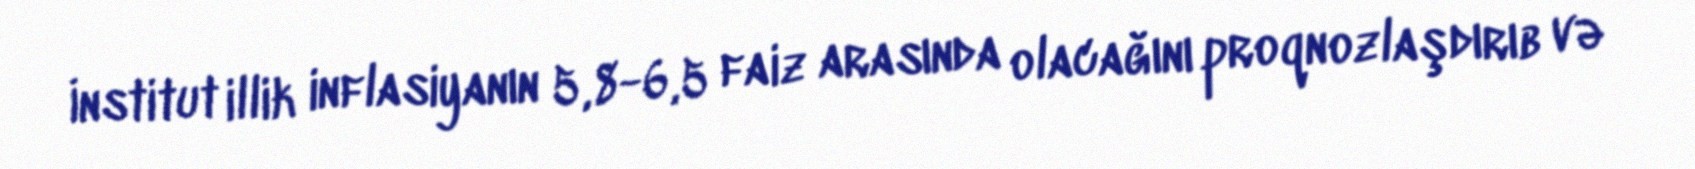
İnstitut illik inflasiyanın 5,8-6,5 faiz arasında olacağını proqnozlaşdırıb və